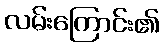
လမ်းကြောင်း၏